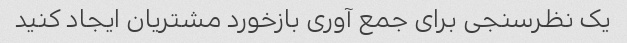
یک نظرسنجی برای جمع آوری بازخورد مشتریان ایجاد کنید